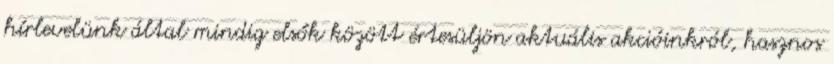
hírlevelünk által mindig elsők között értesüljön aktuális akcióinkról, hasznos